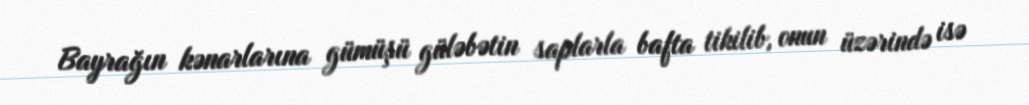
Bayrağın kənarlarına gümüşü güləbətin saplarla bafta tikilib, onun üzərində isə